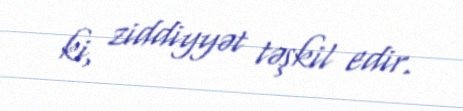
ki, ziddiyyət təşkil edir.